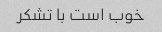
خوب است با تشکر